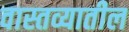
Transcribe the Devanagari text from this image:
वास्तव्यातील